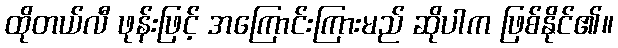
ထိုတယ်လီ ဖုန်းဖြင့် အကြောင်းကြားမည် ဆိုပါက ဖြစ်နိုင်၏။